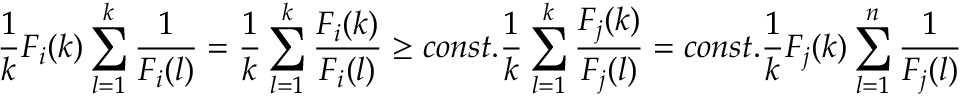
\frac { 1 } { k } F _ { i } ( k ) \sum _ { l = 1 } ^ { k } \frac { 1 } { F _ { i } ( l ) } = \frac { 1 } { k } \sum _ { l = 1 } ^ { k } \frac { F _ { i } ( k ) } { F _ { i } ( l ) } \ge c o n s t . \frac { 1 } { k } \sum _ { l = 1 } ^ { k } \frac { F _ { j } ( k ) } { F _ { j } ( l ) } = c o n s t . \frac { 1 } { k } F _ { j } ( k ) \sum _ { l = 1 } ^ { n } \frac { 1 } { F _ { j } ( l ) }